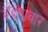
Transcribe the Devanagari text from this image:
इंदापवार